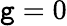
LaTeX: \mathtt{g}=0